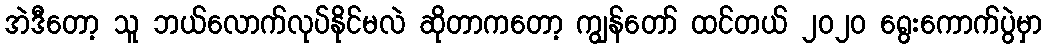
အဲဒီတော့ သူ ဘယ်လောက်လုပ်နိုင်မလဲ ဆိုတာကတော့ ကျွန်တော် ထင်တယ် ၂ဝ၂ဝ ရွေးကောက်ပွဲမှာ